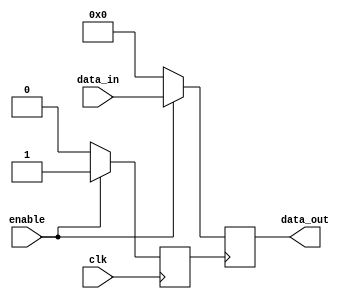
module io_buffer (
    input wire enable,
    input wire clk,
    input wire [7:0] data_in,
    output reg [7:0] data_out
);

// Clock gating
reg clk_gated;

always @(posedge clk) begin
    if(enable) begin
        clk_gated <= 1;
    end else begin
        clk_gated <= 0;
    end
end

// Power gating
reg [7:0] data_reg;

always @(posedge clk_gated) begin
    if(enable) begin
        data_reg <= data_in;
    end else begin
        data_reg <= 8'b0;
    end
end

// Adjustable drive strength
assign data_out = data_reg;

endmodule